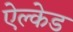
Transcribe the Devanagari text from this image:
ऐल्केड